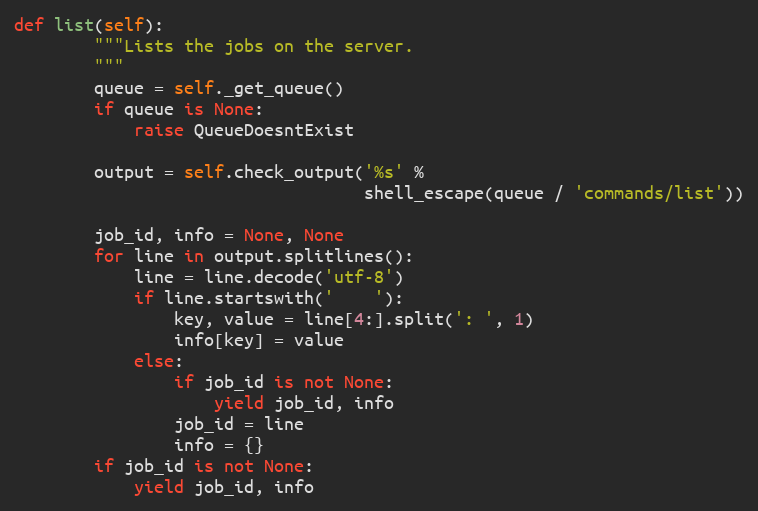
Language: Python
def list(self):
        """Lists the jobs on the server.
        """
        queue = self._get_queue()
        if queue is None:
            raise QueueDoesntExist

        output = self.check_output('%s' %
                                   shell_escape(queue / 'commands/list'))

        job_id, info = None, None
        for line in output.splitlines():
            line = line.decode('utf-8')
            if line.startswith('    '):
                key, value = line[4:].split(': ', 1)
                info[key] = value
            else:
                if job_id is not None:
                    yield job_id, info
                job_id = line
                info = {}
        if job_id is not None:
            yield job_id, info